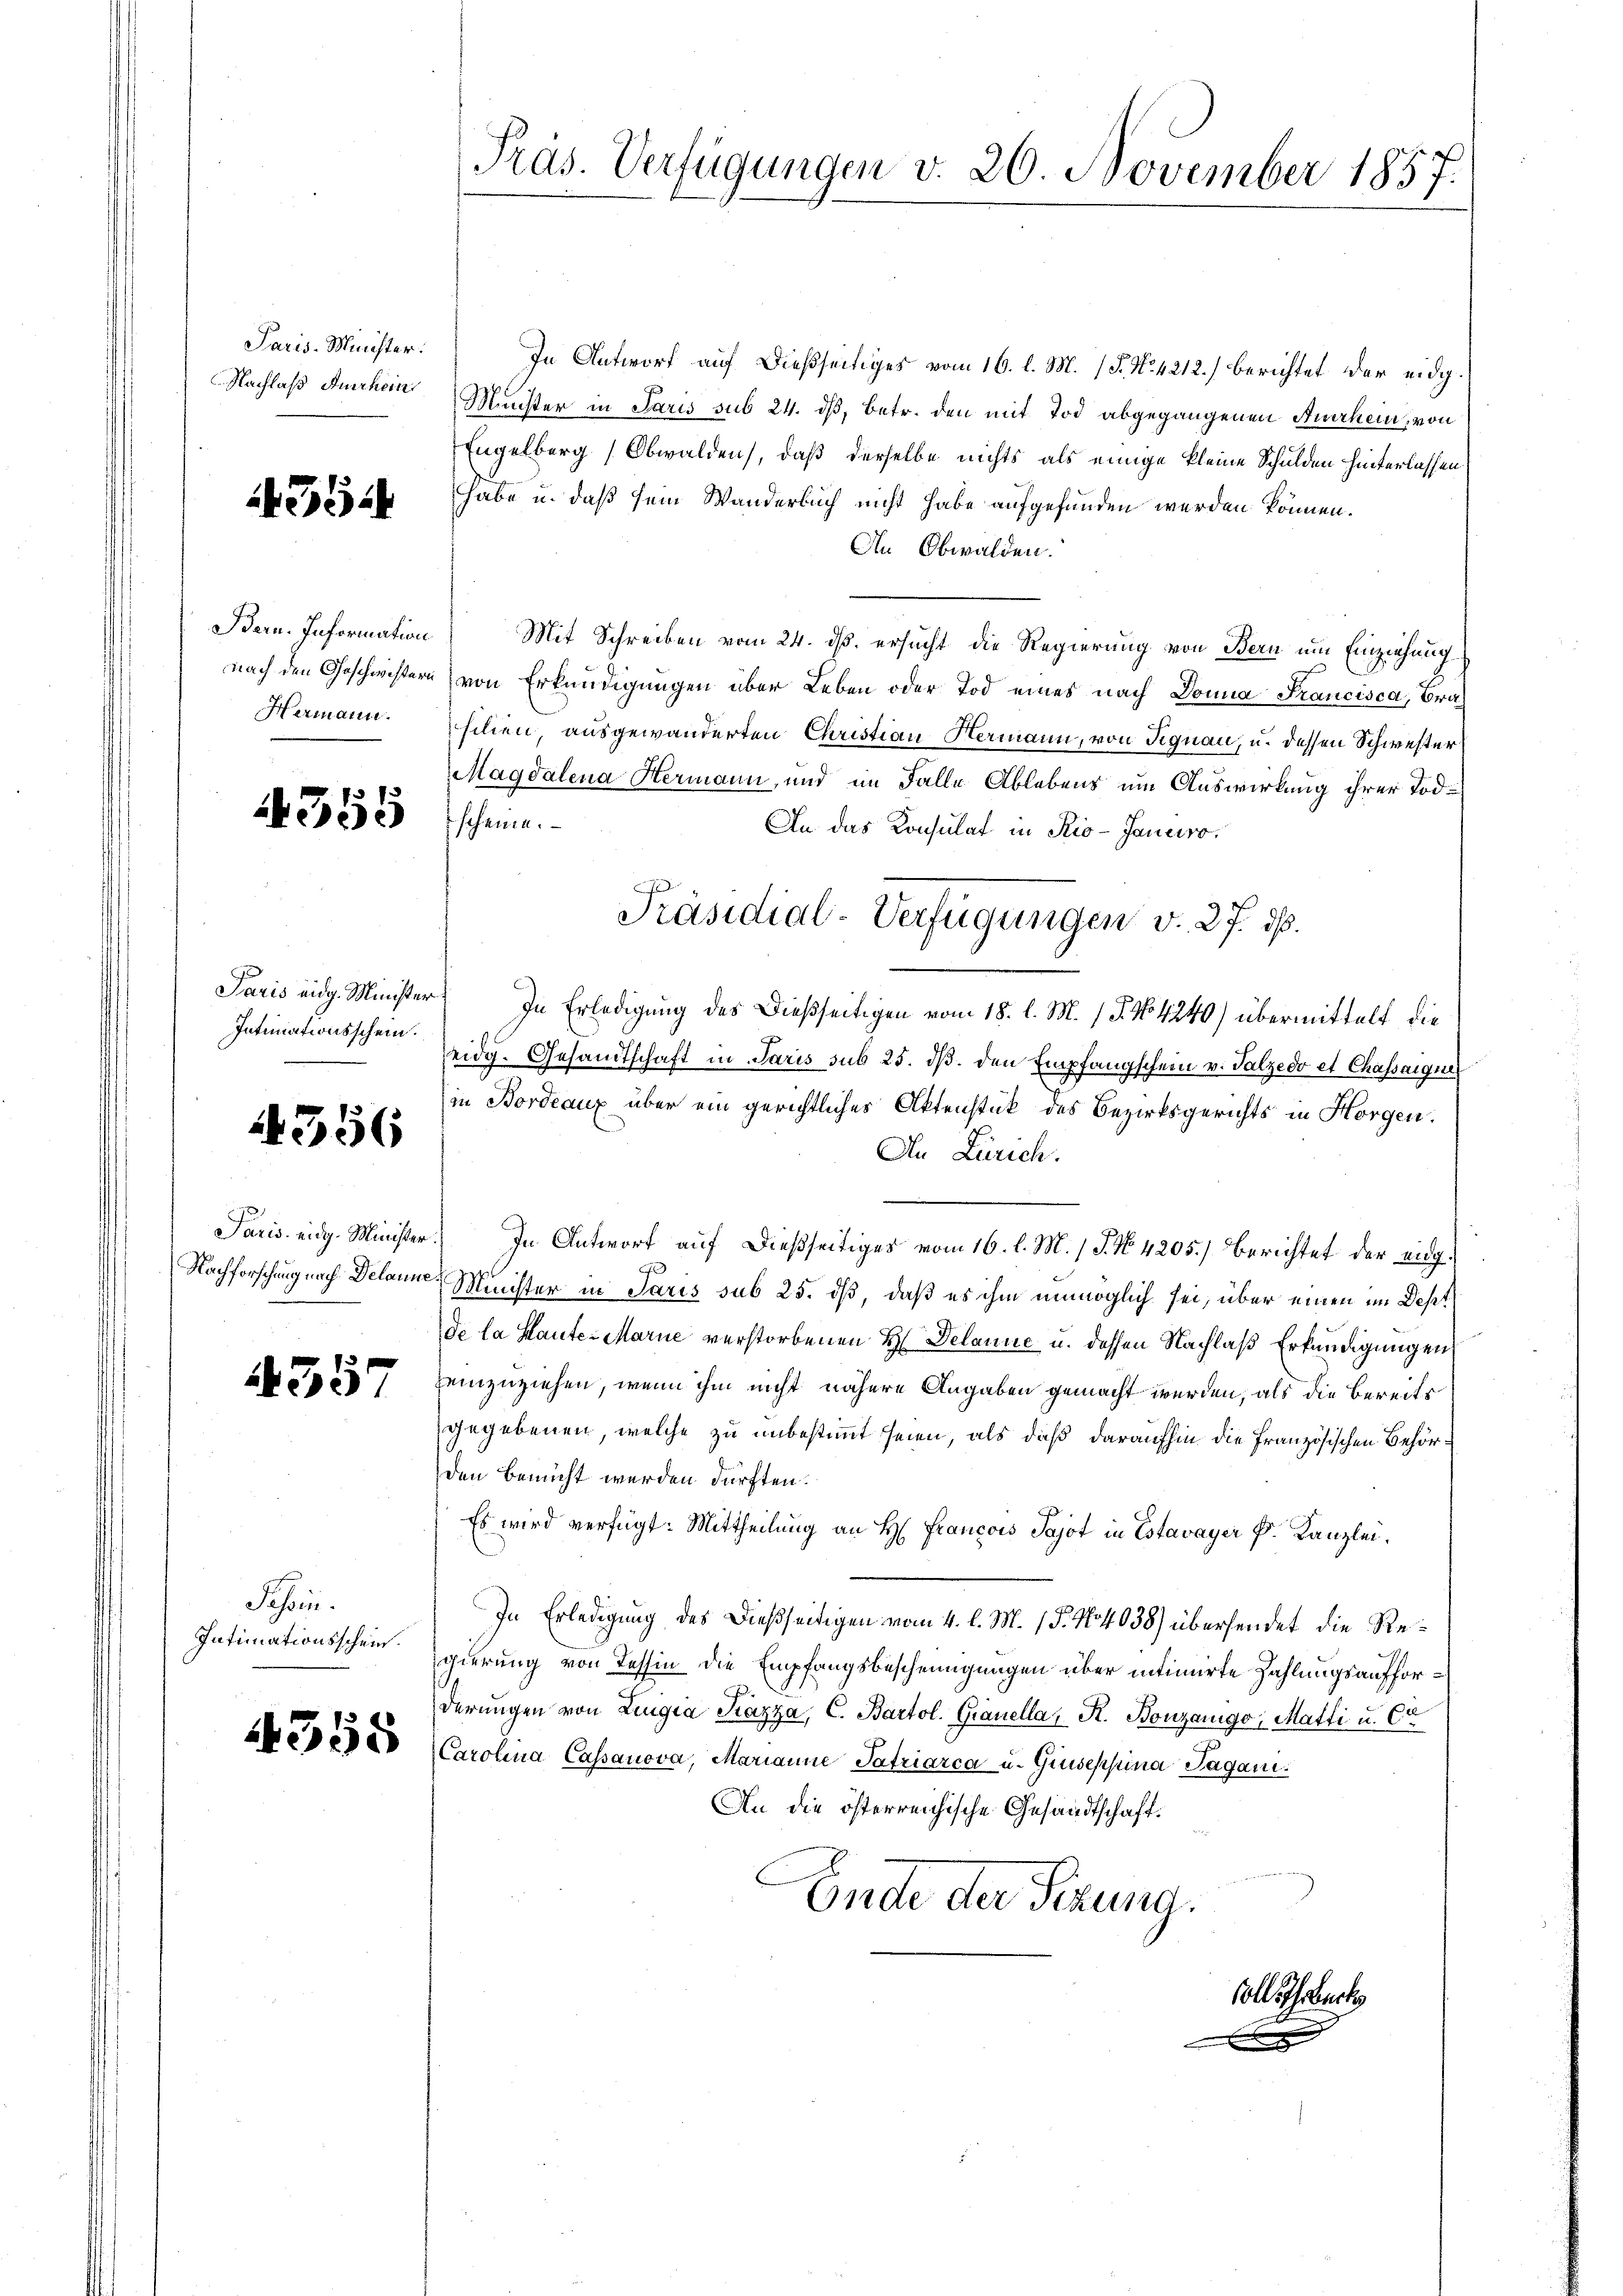
Paris-Minister:
Nachlaß Auerhein

4314

Bern. Information
nach den Geschwisters
Hermann.

355

Intimationsschein.

1356

4357

Schen.

4358

Präs. Verfügungen v. 20. November 1857.

In Antwort auf dießseitiges vom 16. l. M. (S. N. 4212.) berichtet der eidg.
Münster in Paris sub 24. dß, betr. den mit Tod abgegangenen Auerhein, von
Engelberg (Obwalden, daß derselbe nichts als einige kleine Schulden hinterlassen,
habe u. daß sein Wanderbuch nicht habe aufgefunden werden können.
In Obwalden.
Mit Schreiben vom 24. ds. ersucht die Regierung von Bern um Einziehung
von Erkundigungen über Leben oder Tod eines nach Donna Francisca, Brasilien, ausgewanderten Christian Hermann, von Signau, u. dessen Schwester
Magdalena Hermann, und im Falle Ablebens um Auswirkung ihrer Todscheine.
An das Konsulat in Rio-Janeiro
Paris eidg. Minister. In Erledigung des Dießseitigen vom 18. l. M. 1 S. No 4240) übermittelt die
eidg. Gesandtschaft in Paris sub 25. ds. den Empfangschein v. Palzedo et Chassaigni
in Bordeaux über ein gerichtliches Aktenstück des Bezirksgerichts in Horgen.
In Zürich.
Paris eidg. Minister. In Antwort auf dießseitiges vom 16. l. M. 1 S. No 4205.) Berichtet der eidg.
A
Nachforschung nach Delaune-Minister in Paris sub 25. dß, daß es ihm unmöglich sei, über einen im Dest
de la Haute Marie verstorbenen H Delanie u. dessen Nachlaß Erfündigungen
einzuziehen, wenn ihm nicht nähere Angaben gemacht werden, als die Bereits
gegebenen, welche zu unbestimmt seien, als daß daraufhin die Französischen Behörden bemüht werden dürften.
Es wird verfügt: Mittheilung an H: Francois Sajot in Estavayer k. Kanzlei.
In Erledigung des dießseitigen vom 4. l. M. 1 P. No 4038) übersendet die Re¬
Intimationsschein gierung von Tessin die Empfangsbescheinigungen über intimirte Zahlungsaufforderŭngen von Luigia Kazza, C. Bartol. Granella, R. Bonzanigo, Matti u. Co
Carolina Cassanova, Marianne Patriarca u. Giuseppina Jagani
An die österreichische Gesandtschaft.
Ende der Serung.

Präsidial-Verfügungen v. 27. ds.

soll ich backe